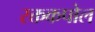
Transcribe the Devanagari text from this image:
रक्तकपोल